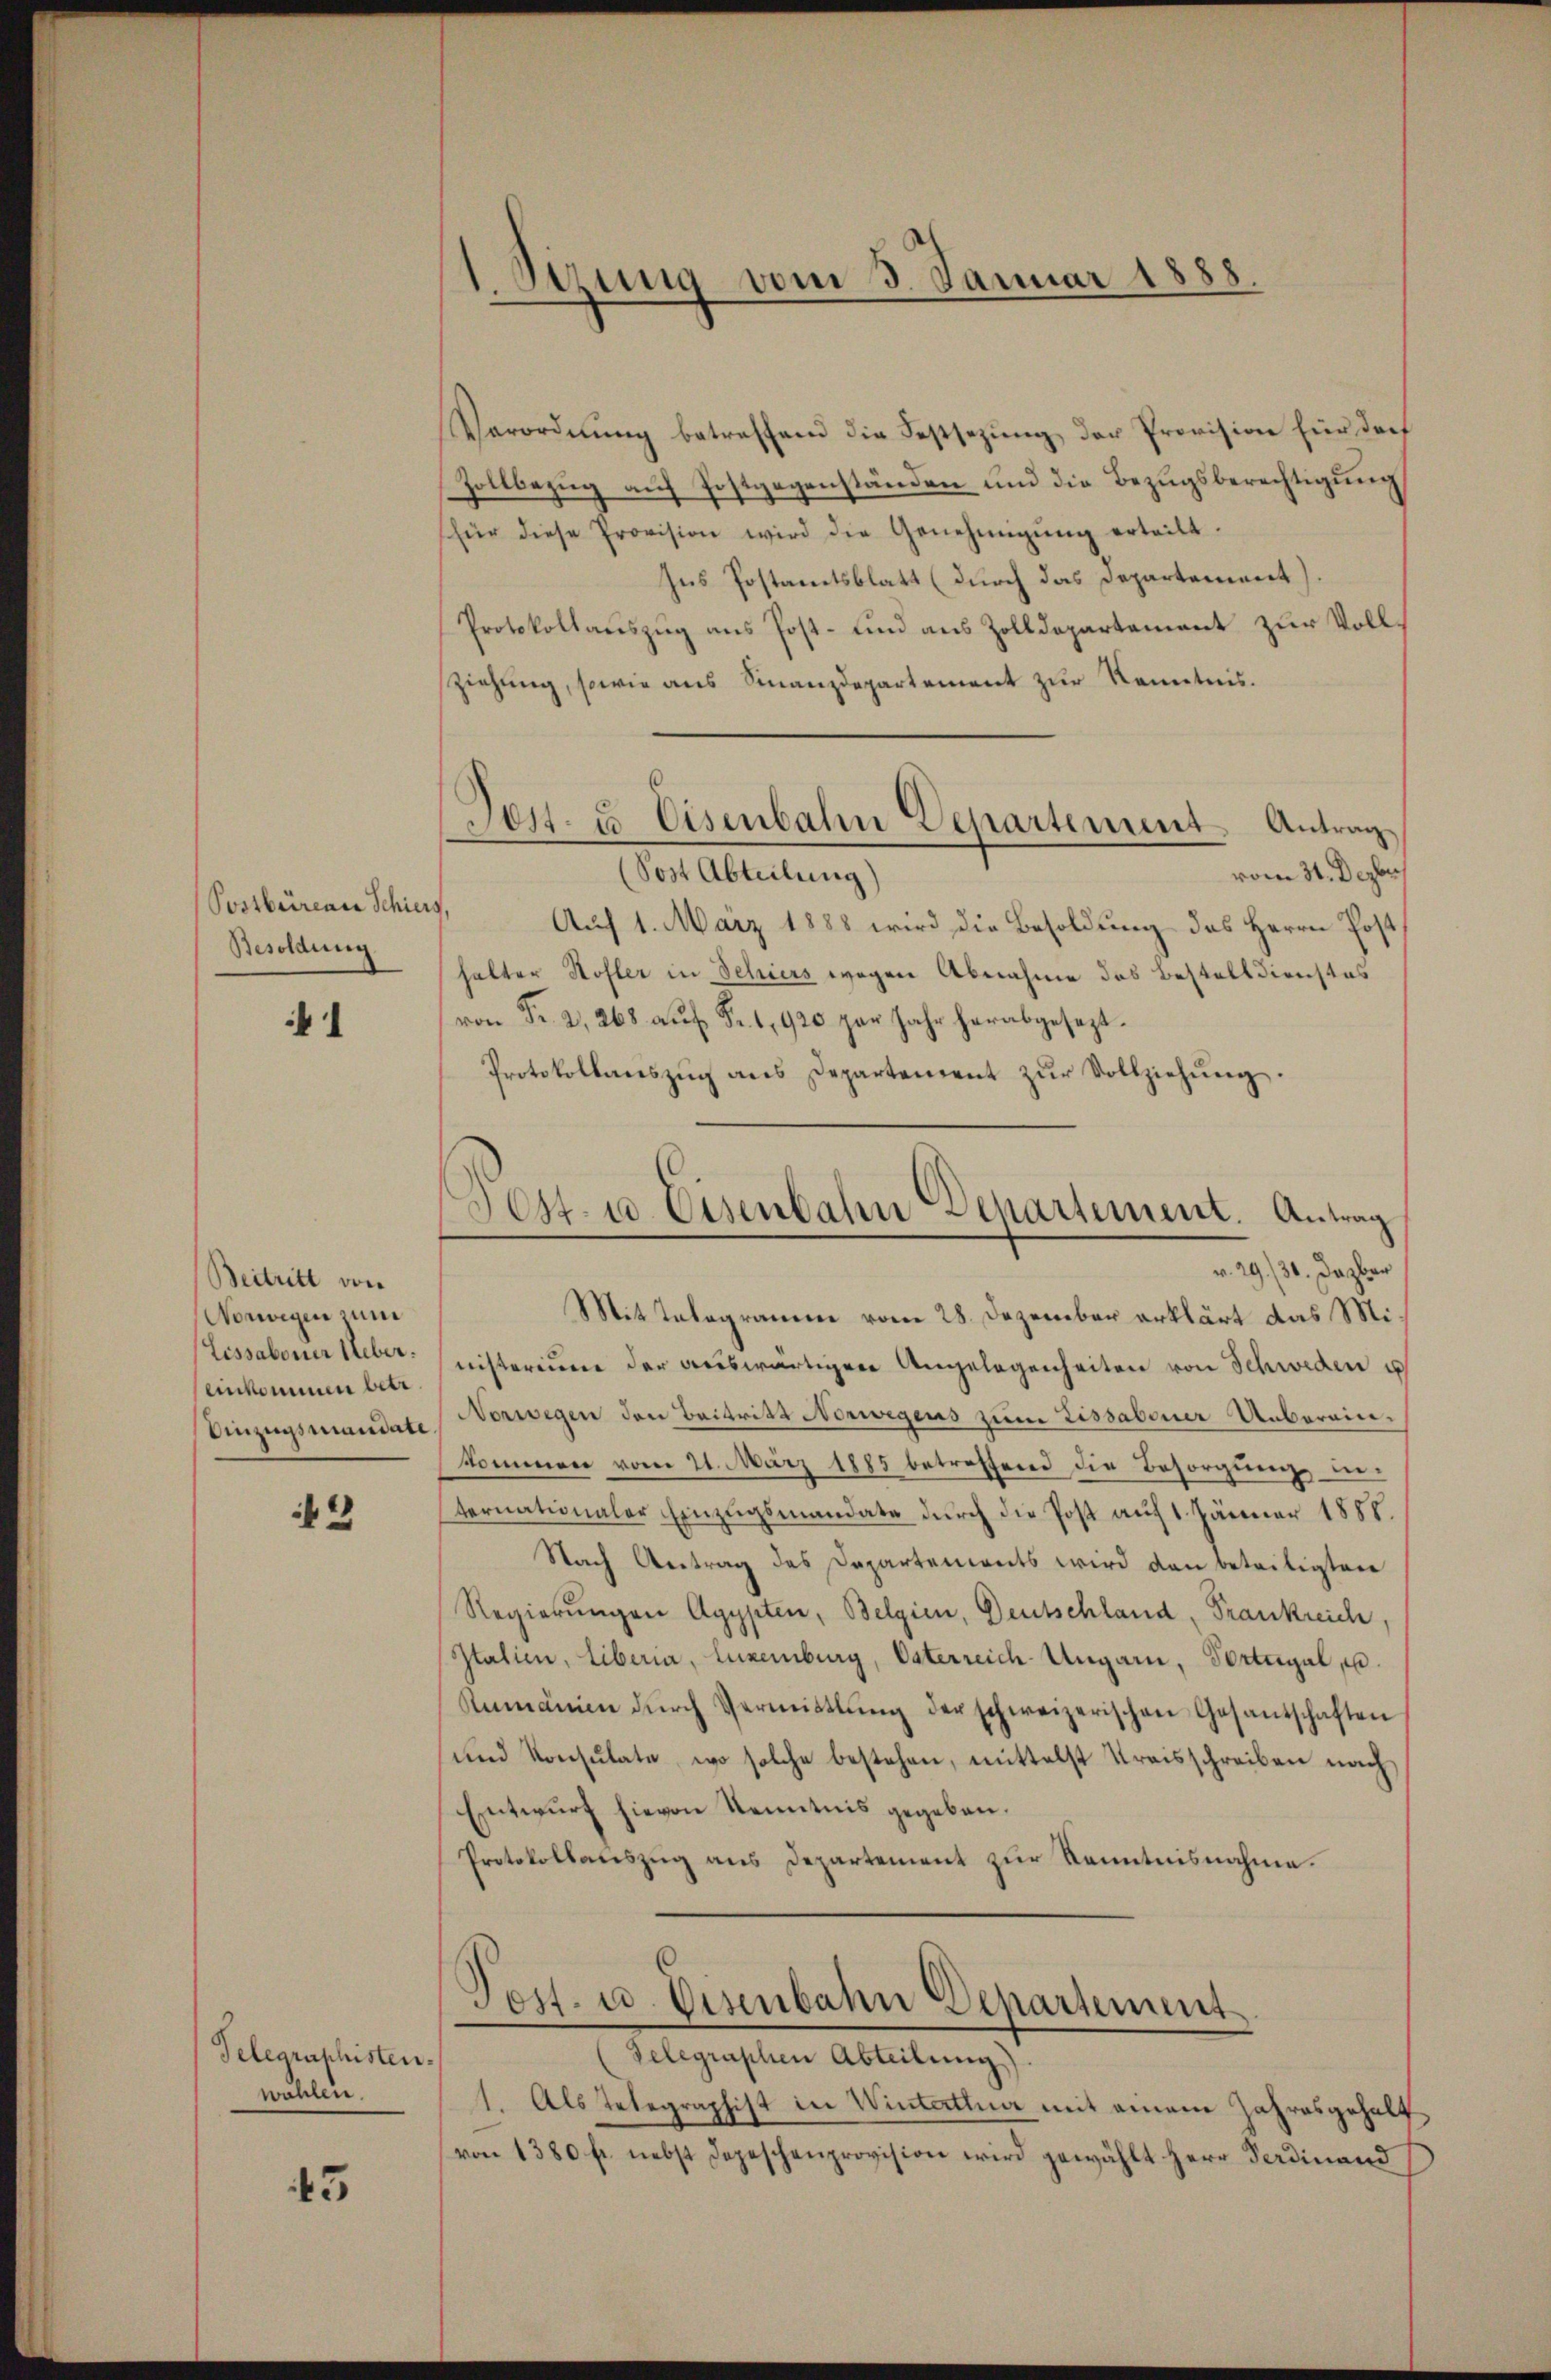
Postbarenen Schier
Besoldung

1

Beitritt von
Vorwegen zum
Lissaboner Ueber.
einkommen betr.
Einzugsmandate.

43

Telegraphisten.
wahlen.

45

1. Setzung vom 3. Januar 1888

Verordnŭng betreffend die Festsezung der Provision für dort
Zollbezug auf Postgegenständen und die Bezugsberechtigung
(für diese Provision wird die Genehmigŭng erteilt.
Ins Postamtsblatt (durch das Departement),
Protokollauszug aus Post- und aus Zolldepartement zur Vollziehung, sowie aus Finanzdepartement zur Kenntnis.
(Post Abteilung)
vom 31. Dezbr.
f
Auf 1. März 1888 wird die Besoldung des Herrn Post
halter Hofler in Schiers wegen Abnahme des Bestelldienstes
von Fr. 2, 268 aŭf Fr. 1920 par Jahr herabgesezt.
Protokollaŭszŭg ans Departement zŭr Vollziehŭng.
Post- u. Eisenbahn Separtement. Antrag
v. 29./30. Dazber
Mit Telegramme vom 28. Dezember erklärt das Ministerium der auswärtigen Angelegenheiten von Schweden u
Norwegen den Beitritt Norwegens zum Tissaboner Unberain-
kommen vom 21. März 1885 betroffend die Besorgung internationaler Einzŭgsmandate dŭrch die Post auf 1. Jänner 1888.
Nach Antrag des Departements wird den beteiligten
Regierungen Agypten, Belgien, Deutschland, Frankreiche
Italien, liberia, Luxenburg, Vaterreich-Ungarn, Fortugal, u.
Rumänien dŭrch Vermittlung der schweizerischen Gesantschaften
(und Konsulate, wo solche bestehen, mittelst Kreisschreiben nach
Entwurf hievon Kenntnis gegeben.
Protokollauszug aus Departement zur Kenntnisnahme.

Pest. u. Eisenbahn Departement Antrag

Post. u. Eisenbahn Departement

Telegraphen Abteilung).
1. Als Telegraphist in Winterthur mit einem Jahresgeholf
von 1380 fr. nebst Depeschenprovision wird gewählt Herr Ferdinand